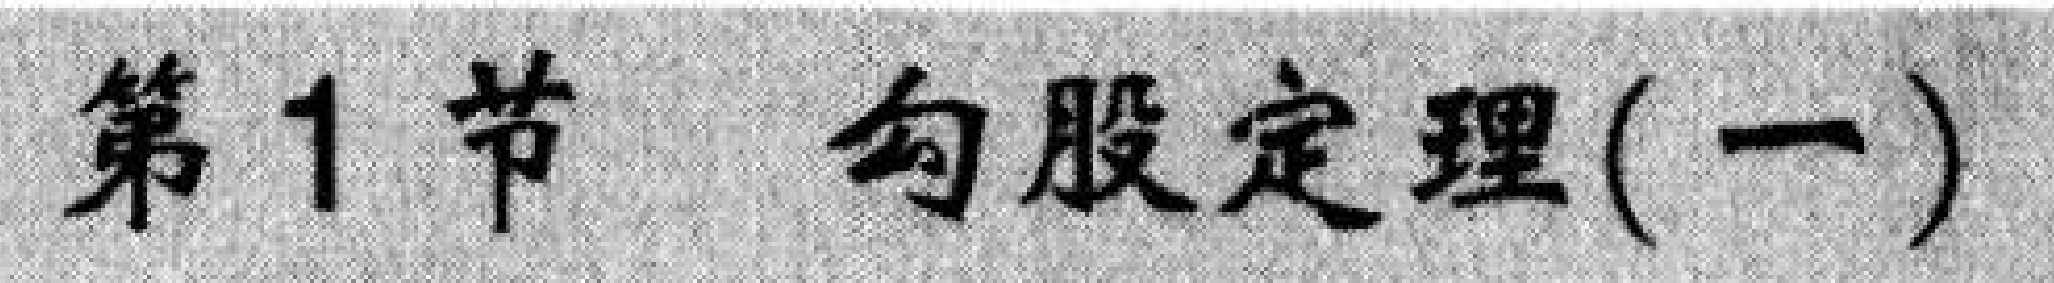
第1节 勾股定理(一)